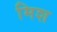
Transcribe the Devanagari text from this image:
मिश